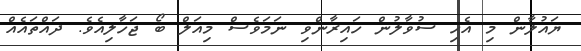
ޔައުލާން މި އެހި ސުވާލުން ހައިރާންވި ނަމަވެސް މިއަލް ބޯ ޖަހާލިއެވެ. ދައްތައެއް